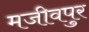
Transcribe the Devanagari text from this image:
मजीवपुर